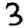
Digit: 3